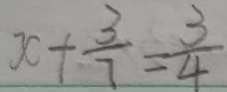
x + \frac { 3 } { 7 } = \frac { 3 } { 4 }